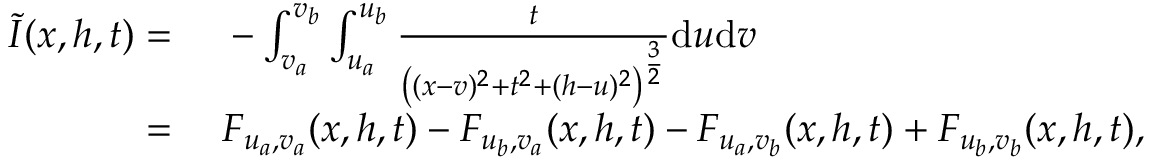
\begin{array} { r l } { \Tilde { I } ( x , h , t ) = { } } & { { } - \int _ { v _ { a } } ^ { v _ { b } } \int _ { u _ { a } } ^ { u _ { b } } \frac { t } { \left( ( x - v ) ^ { 2 } + t ^ { 2 } + ( h - u ) ^ { 2 } \right) ^ { \frac { 3 } { 2 } } } \mathrm { d } u \mathrm { d } v } \\ { = { } } & { { } F _ { u _ { a } , v _ { a } } ( x , h , t ) - F _ { u _ { b } , v _ { a } } ( x , h , t ) - F _ { u _ { a } , v _ { b } } ( x , h , t ) + F _ { u _ { b } , v _ { b } } ( x , h , t ) , } \end{array}